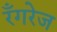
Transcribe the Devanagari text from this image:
रँगरेज